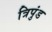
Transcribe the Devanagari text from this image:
त्रिपुंड